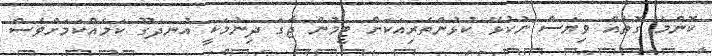
ކޮންމެ ގޮތެއް ވިޔަސް ނުކުޅޭ ކުޅުންތެރިއަކަށް ޓީމުން ޖާގަ ދިނުމަކީ އުނދަގޫ ކަމެއްކަމަށްވެސް